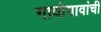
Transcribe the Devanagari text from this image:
गावोगावांची